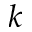
k